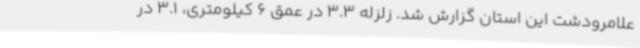
علامرودشت این استان گزارش شد. زلزله 3.3 در عمق 6 کیلومتری، 3.1 در